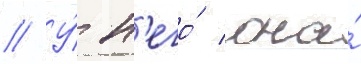
// У́ н'его́ она́